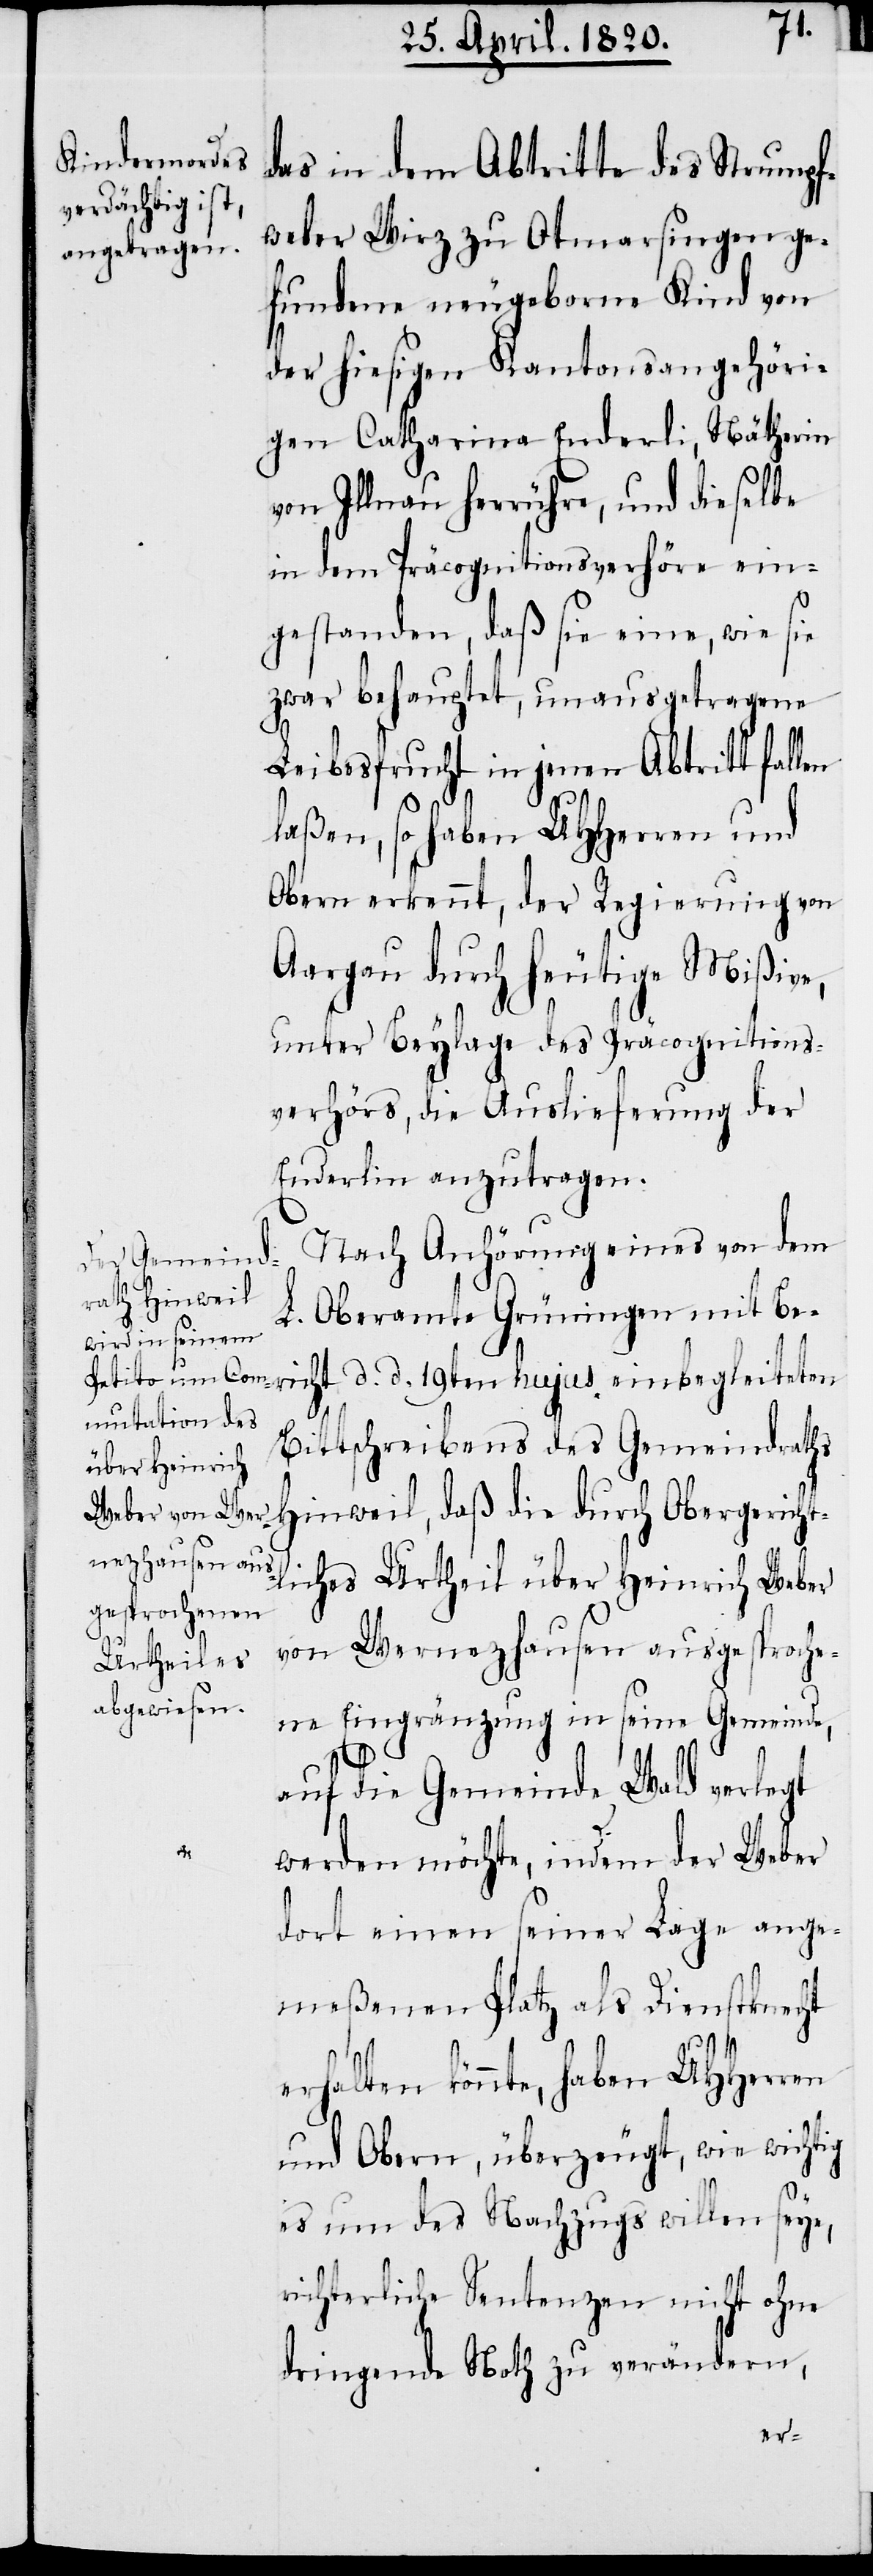
anzutragen.
en

des in dem Abtritte des Strumpf¬
weber Wirz zu Otmarsingen ge¬
fundene neugeborne Kind von
der hiesigen Kantonsangehöri¬
gen Catharina Enderli, Nätherin
von Illnau herrühre, und dieselbe
in dem Präcognitionsverhöre ein¬
gestanden, daß sie eine, wie sie
zwar behauptet, unausgetragene
Leibesfrucht in jenen Abtritt fall¬
laßen, so haben UHHerren und
Obern erkennt, der Regierung von
Aargau durch heutige Mißiven,
unter Beylage des Präcognitions¬
verhörs, die Auslieferung der
Nach Anhörung eines von dem
L. Oberamte Grüningen mit Be¬
richt d. d. 19ten hujus einbegleiteten
Bittschreibens des Gemeindraths
Hinweil, daß die durch Obergericht¬
liches Urtheil über Heinrich Weber
von Wernezhausen ausgesproche¬
ne Eingränzung in seine Gemeinde,
auf die Gemeinde Wald verlegt
werden möchte, indem der Weber
dort einen seiner Lage ange¬
meßenen Platz als Dienstknecht
erhalten könnte, haben UHHerren
und Obern, überzeugt, wie wichtig
es um des Nachzugs willen seye,
richterliche Sentenzen nicht ohne
dringende Noth zu verändern,